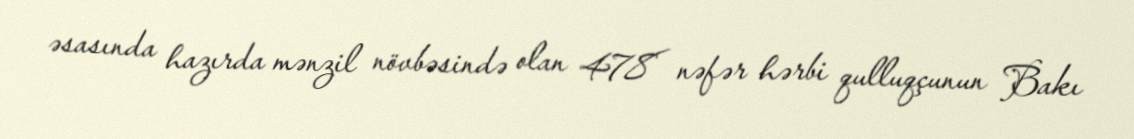
əsasında hazırda mənzil növbəsində olan 478 nəfər hərbi qulluqçunun Bakı